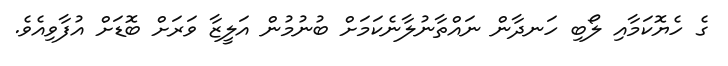
ގެ ހެޔޮކަމާއި ލޯބި ހަނދާން ނައްތާނުލާނެކަމަށް ބުނުމުން އަލީޒާ ވަރަށް ބޮޑަށް އުފާވިއެވެ.